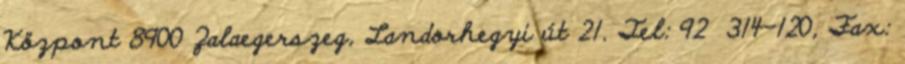
Központ 8900 Zalaegerszeg, Landorhegyi út 21. Tel: 92 314-120, Fax: